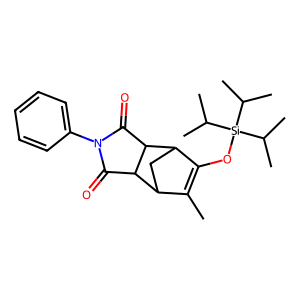
SMILES: CC1=C(O[Si](C(C)C)(C(C)C)C(C)C)C2CC1C1C(=O)N(c3ccccc3)C(=O)C21
Inhibits HIV replication: No